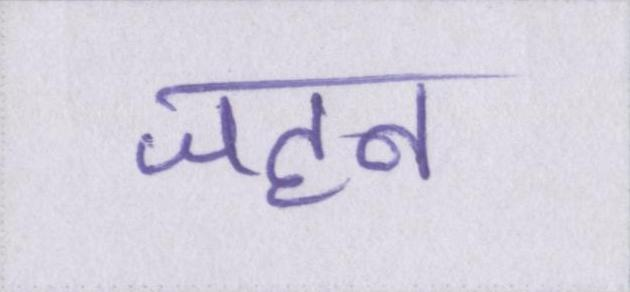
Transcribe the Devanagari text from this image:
जहन